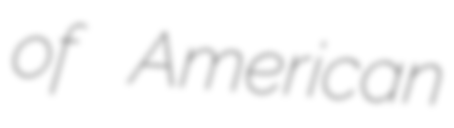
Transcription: of American